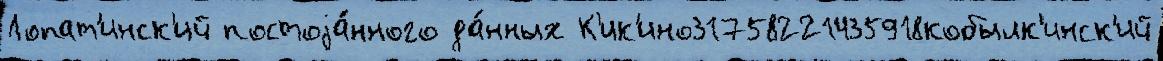
Лопат'инск'ий постоjа́нного да́нных К'ик'ино31758221435918кобылк'инск'ий